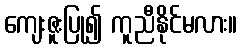
ကျေးဇူးပြု၍ ကူညီနိုင်မလား။